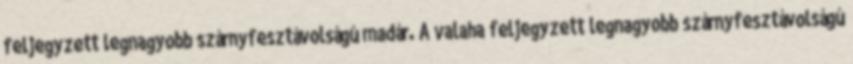
feljegyzett legnagyobb szárnyfesztávolságú madár. A valaha feljegyzett legnagyobb szárnyfesztávolságú